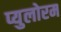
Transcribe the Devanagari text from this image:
प्युलोरम